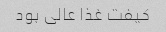
کیفت غذا عالی بود